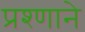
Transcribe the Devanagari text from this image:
प्रश्णाने